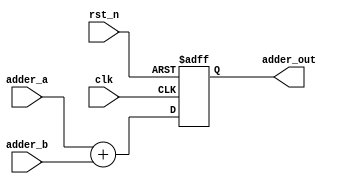
module add_unit(clk,rst_n,adder_a,adder_b,adder_out);    
    parameter data_in_width = 32;
input clk;
input rst_n;
input [data_in_width-1:0] adder_a;
input [data_in_width-1:0] adder_b;
output [data_in_width-1:0]adder_out;

reg [data_in_width:0]sum;

always@(posedge clk or negedge rst_n)
begin
    if(!rst_n)
        sum <= 0;
    else
        sum <= adder_a + adder_b;
end
assign adder_out = sum[data_in_width - 1:0];

endmodule